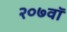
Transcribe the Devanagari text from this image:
२०७वॉ